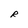
Character: R